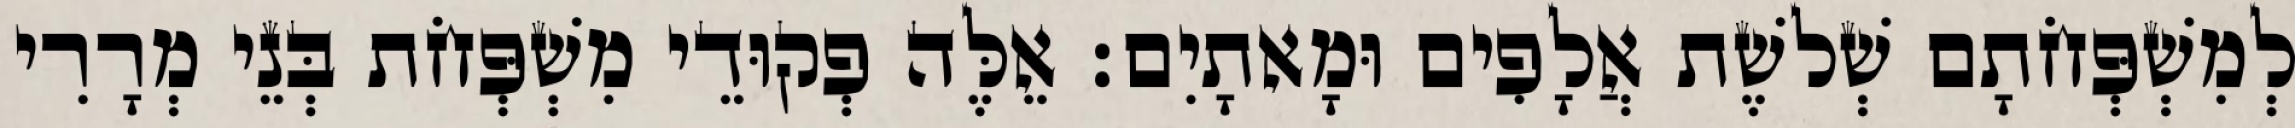
לְמִשְׁפְּחֹתָם שְׁלשֶׁת אֲלָפִים וּמָאתָיִם׃ אֵלֶּה פְקוּדֵי מִשְׁפְּחֹת בְּנֵי מְרָרִי